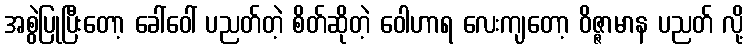
အစွဲပြုပြီးတော့ ခေါ်ဝေါ် ပညတ်တဲ့ စိတ်ဆိုတဲ့ ဝေါဟာရ လေးကျတော့ ဝိဇ္ဇာမာန ပညတ် လို့